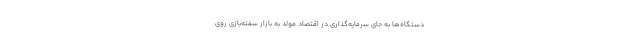
دستگاه‌ها به جای سرمایه‌گذاری در اقتصاد مولد به بازار سفته‌بازی روی